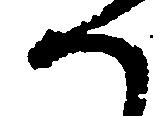
へ